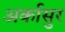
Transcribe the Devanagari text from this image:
अर्कासुर